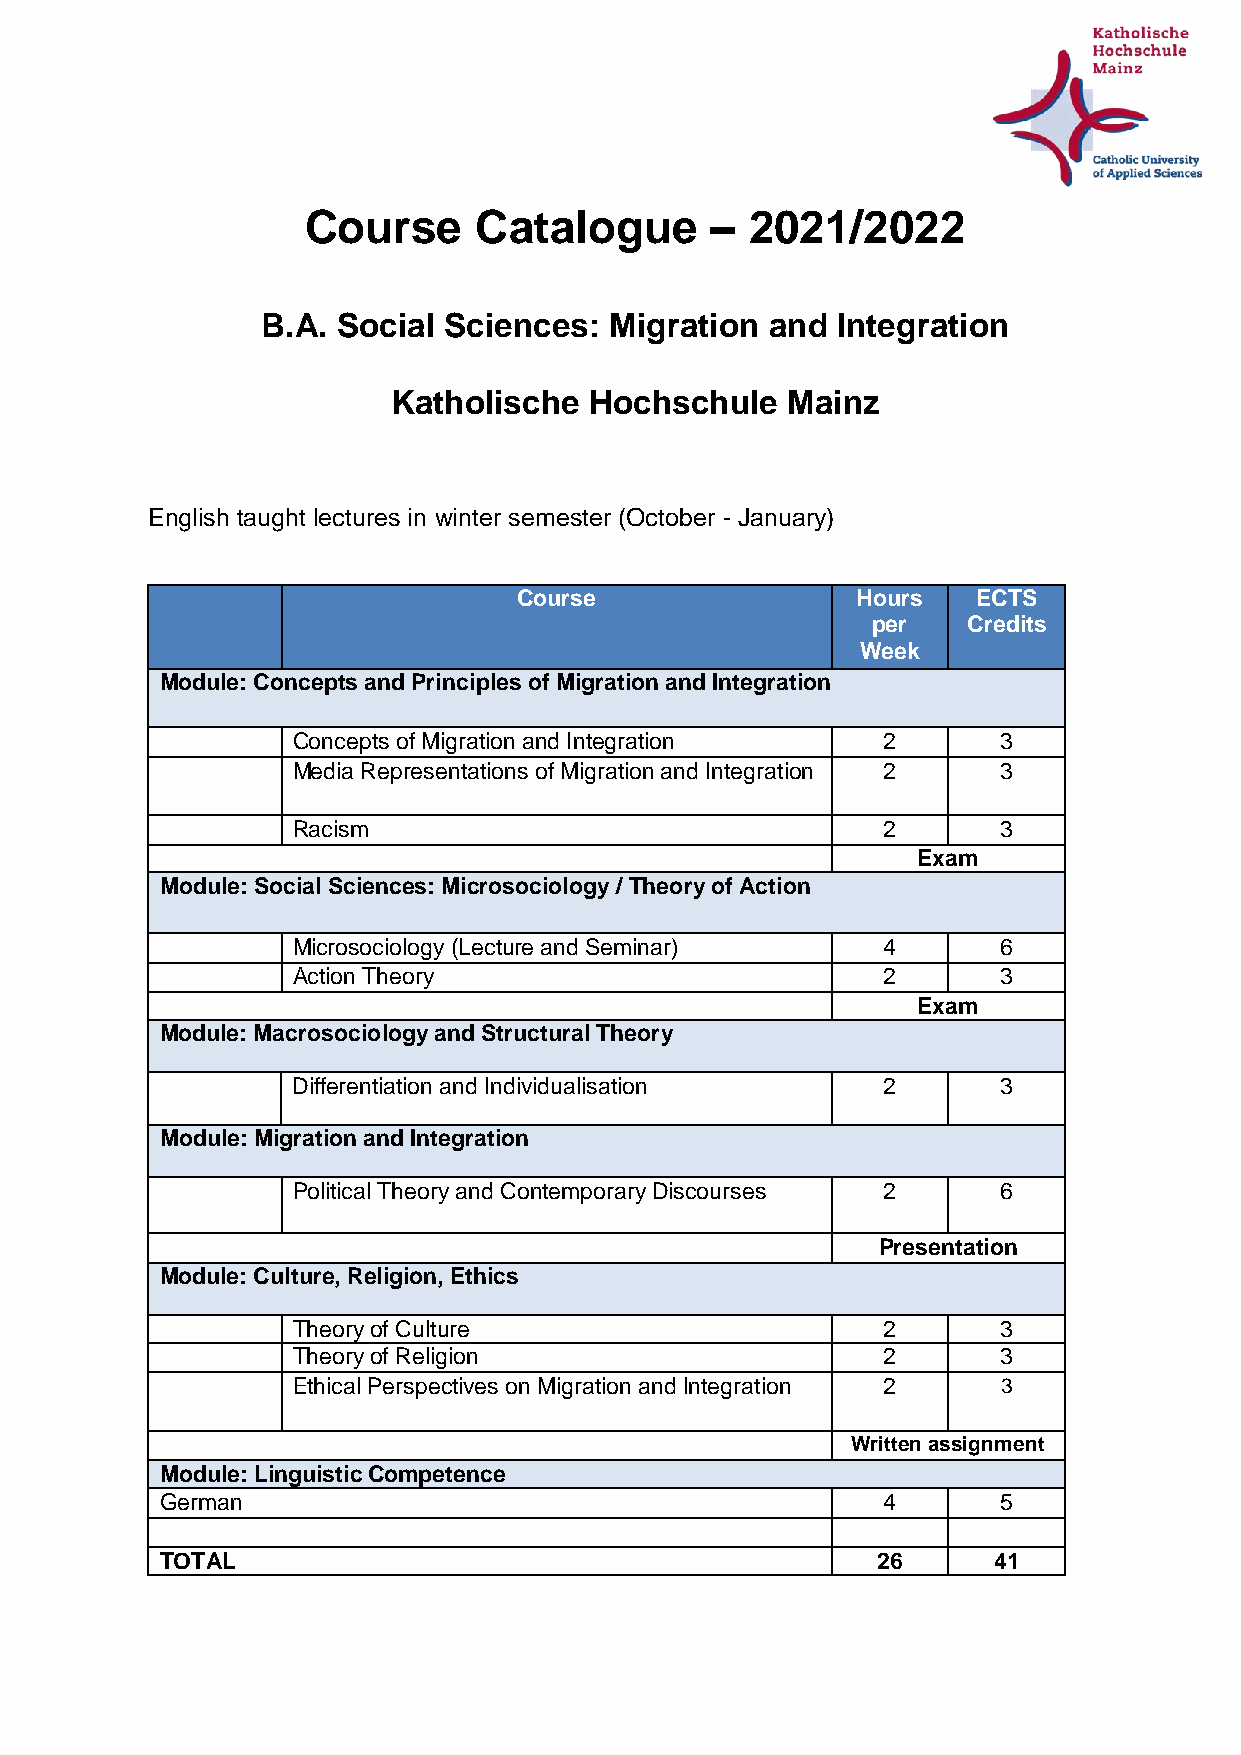
Course     Catalogue       –  2021/2022
 B.A. Social Sciences:  Migration  and Integration
 Katholische  Hochschule   Mainz
 English taught lectures in winter semester (October - January)
 Course                 Hours   ECTS
 per   Credits
 Week
 Module: Concepts and Principles of Migration and Integration
 Concepts of Migration and Integration  2       3
 Media Representations of Migration and Integration 2 3
 Racism                                 2       3
 Exam
 Module: Social Sciences: Microsociology / Theory of Action
 Microsociology (Lecture and Seminar)   4       6
 Action Theory                          2       3
 Exam
 Module: Macrosociology and Structural Theory
 Differentiation and Individualisation  2       3
 Module: Migration and Integration
 Political Theory and Contemporary Discourses 2 6
 Presentation
 Module: Culture, Religion, Ethics
 Theory of Culture                      2       3
 Theory of Religion                     2       3
 Ethical Perspectives on Migration and Integration 2 3
 Written assignment
 Module: Linguistic Competence
 German                                         4       5
 TOTAL                                          26      41